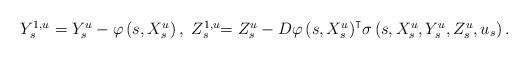
LaTeX: \begin{align*}\begin{array}[c]{l}Y_{s}^{1,u}=Y_{s}^{u}-\varphi\left( s,X_{s}^{u}\right) ,\ Z_{s}^{1,u}{=Z_{s}^{u}-{D\varphi\left( s,X_{s}^{u}\right) }^{\intercal}\sigma\left(s,X_{s}^{u},Y_{s}^{u},Z_{s}^{u},u_{s}\right) .}\end{array}\end{align*}